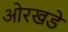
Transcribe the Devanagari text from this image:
ओरखडे